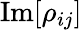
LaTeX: \mathrm{Im}[\rho_{ij}]